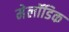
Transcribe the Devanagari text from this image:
मेलॉडिक